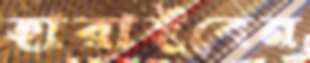
হারাইবেন